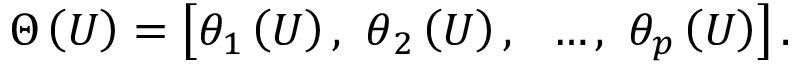
\Theta \left( U \right) = \left[ \theta _ { 1 } \left( U \right) , { \ \theta } _ { 2 } \left( U \right) , \ \ \ldots , \ \theta _ { p } \left( U \right) \right] .